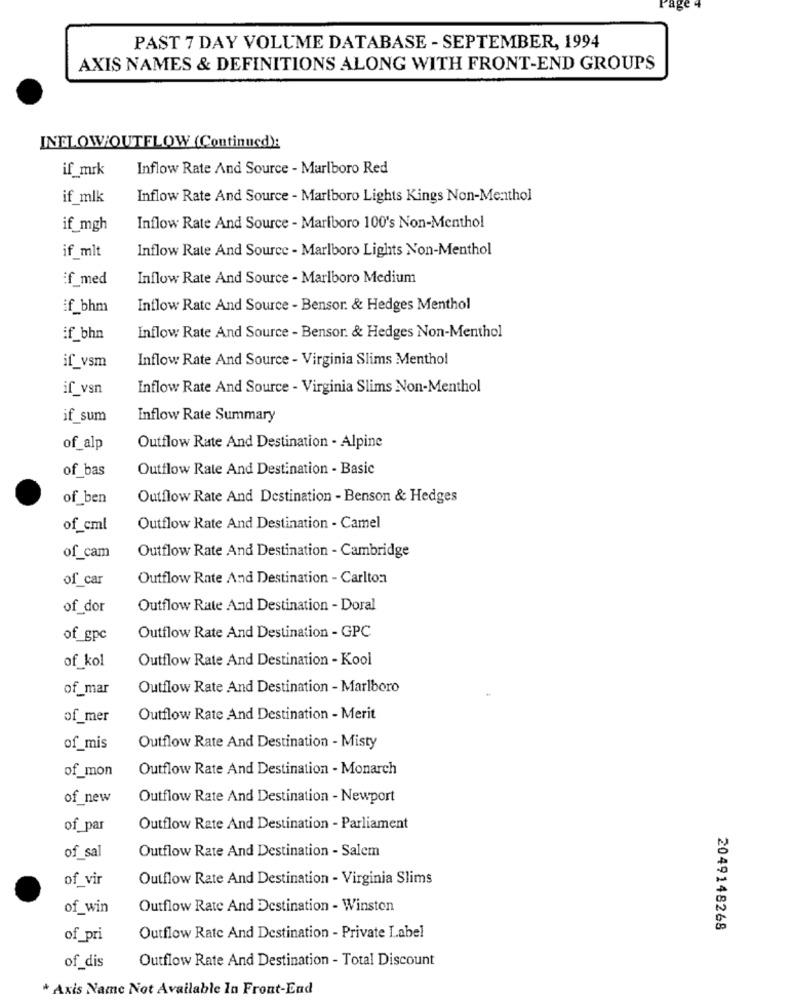
PAST 7 DAY VOLUME DATABASE - SEPTEMBER, 1994
AXIS NAMES & DEFINITIONS ALONG WITH FRONT-END GROUPS
INELOWOUTFLOW (Continued):
if mrk
Inflow Rate And Source - Marlboro Red
if mlk
Inflow Rate And Source - Marlboro Lights Kings Non-Menthol
if_mgh
Inflow Rate And Source - Mariboro 100's Non-Menthol
Inflow Rate And Source - Marlboro Lights Non-Menthol
if mlt
if med
Inflow Rate And Source - Marlboro Medium
if_bhm
Inflow Rate And Source - Bensor. & Hedges Menthol
if_bhn
Inflow Rate And Source - Bensor. & Hedges Non-Menthol
Inflow Rate And Source - Virginia Slims Menthol
if_vsm
if vsn
Inflow Rate And Source - Virginia Slims Non-Menthol
if sum
Inflow Rate Summary
of_alp
Outflow Rate And Destination - Alpine
of_bas
Outflow Rate And Destination - Basic
of_ben
Outflow Rate And Destination - Benson & Hedges
of_cml
Outflow Rate And Destination - Camel
of_cam
Outflow Rate And Destination - Cambridge
of car
Outflow Rate And Destination - Carlton
of_dor
Outflow Rate And Destination - Doral
Outflow Rate And Destination - GPC
of_gpc
of kol
Outflow Rate And Destination - Kool
of_mar
Outflow Rate And Destination - Marlboro
of_mer
Outflow Rate And Destination - Merit
of_mis
Outflow Rate And Destination - Misty
of_mon
Outflow Rate And Destination - Monarch
of_new
Outflow Rate And Destination - Newport
of_par
Outflow Rate And Destination - Parliament
Outflow Rate And Destination - Salem
of sal
of vir
Outflow Rate And Destination - Virginia Slims
of_win
Outflow Rate And Destination - Winston
2049148268
of_pri
Outflow Rate And Destination - Private Label
Outflow Rate And Destination - Total Discount
of_dis
* Axis Name Not Available In Front-End